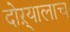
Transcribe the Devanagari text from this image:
दोऱ्यालाच